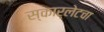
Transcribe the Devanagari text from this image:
स्कार्लेटचा